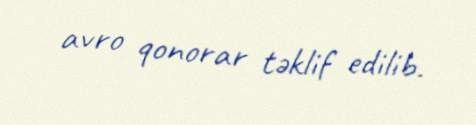
avro qonorar təklif edilib.